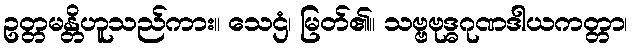
ဥတ္တမန္တိဟူသည်ကား။ သေဌံ၊ မြတ်၏။ သဗ္ဗဗုဒ္ဓဂုဏဒါယကတ္တာ၊